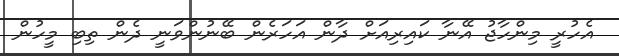
އެހުރީ މިންހާޖު އޭނާ ކައިރިއަށް ދާން އަހަރެން ބޭނުންވަނީ ދެން ތިބި މީހުން